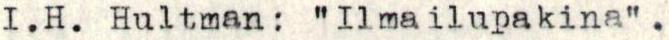
I.H. Hultman: "Ilmailupakina" .